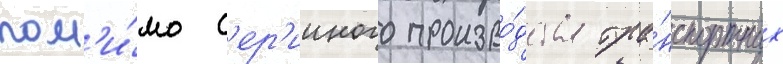
пом'и́мо с'ер'ииного произво́дства тра́нспортных